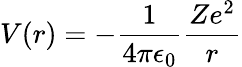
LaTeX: V(r)=-{\frac{1}{4\pi\epsilon_{0}}}{\frac{Ze^{2}}{r}}